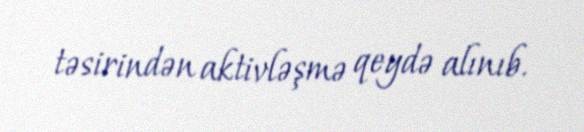
təsirindən aktivləşmə qeydə alınıb.